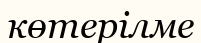
көтерілме